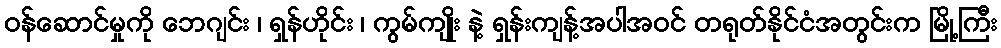
ဝန်ဆောင်မှုကို ဘေဂျင်း ၊ ရှန်ဟိုင်း ၊ ကွမ်ကျိုး နဲ့ ရှန်းကျန့်အပါအဝင် တရုတ်နိုင်ငံအတွင်းက မြို့ကြီး